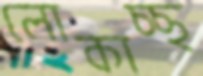
লোকাচ্ছ